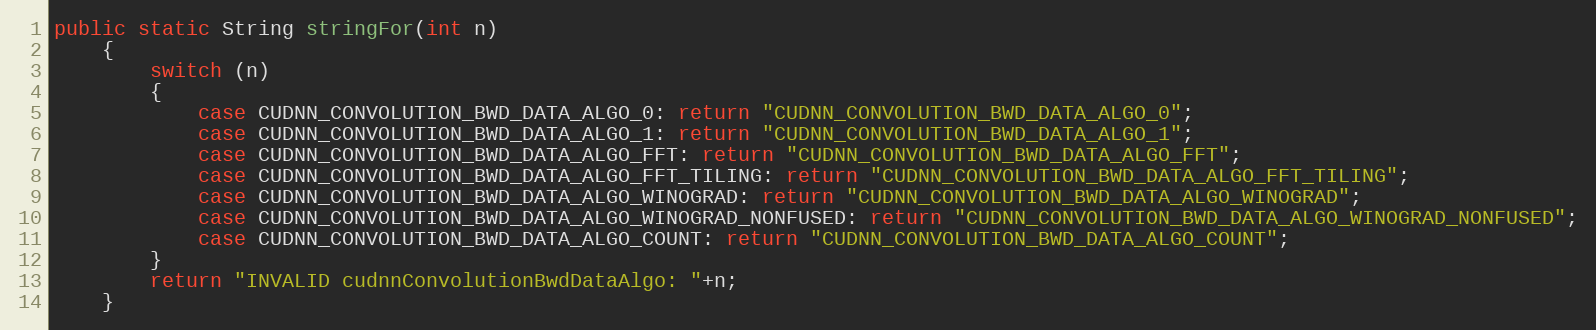
Language: Java
public static String stringFor(int n)
    {
        switch (n)
        {
            case CUDNN_CONVOLUTION_BWD_DATA_ALGO_0: return "CUDNN_CONVOLUTION_BWD_DATA_ALGO_0";
            case CUDNN_CONVOLUTION_BWD_DATA_ALGO_1: return "CUDNN_CONVOLUTION_BWD_DATA_ALGO_1";
            case CUDNN_CONVOLUTION_BWD_DATA_ALGO_FFT: return "CUDNN_CONVOLUTION_BWD_DATA_ALGO_FFT";
            case CUDNN_CONVOLUTION_BWD_DATA_ALGO_FFT_TILING: return "CUDNN_CONVOLUTION_BWD_DATA_ALGO_FFT_TILING";
            case CUDNN_CONVOLUTION_BWD_DATA_ALGO_WINOGRAD: return "CUDNN_CONVOLUTION_BWD_DATA_ALGO_WINOGRAD";
            case CUDNN_CONVOLUTION_BWD_DATA_ALGO_WINOGRAD_NONFUSED: return "CUDNN_CONVOLUTION_BWD_DATA_ALGO_WINOGRAD_NONFUSED";
            case CUDNN_CONVOLUTION_BWD_DATA_ALGO_COUNT: return "CUDNN_CONVOLUTION_BWD_DATA_ALGO_COUNT";
        }
        return "INVALID cudnnConvolutionBwdDataAlgo: "+n;
    }